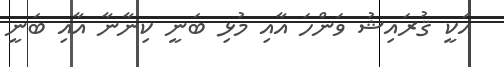
އަކީ ޤުރައިޝު ވަންހަ އާއި މުޅި ބަނީ ކިނާނާ އާއި ބަނީ